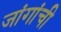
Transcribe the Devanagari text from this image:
जांगांची